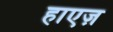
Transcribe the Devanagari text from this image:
हाएज़